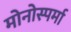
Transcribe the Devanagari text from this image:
मोनोस्पर्मा